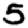
Digit: 5